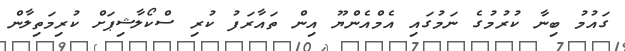
ގައުމު ބިނާ ކުރުމުގެ ނަމުގައި އެމްއެންޔޫ އިން ތައާރަަފު ކުރި ސްކޯލާޝިޕަށް ކުރިމަތިލާން